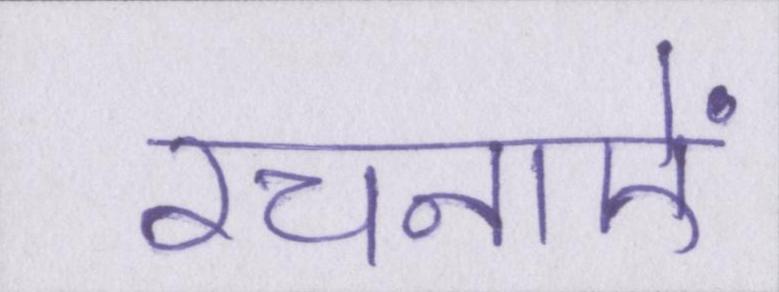
रचनाऐं